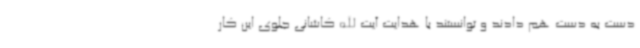
دست به دست هم دادند و توانستند با هدایت آیت الله کاشانی جلوی این کار